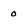
Character: 0